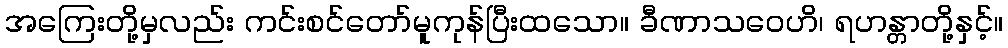
အကြေးတို့မှလည်း ကင်းစင်တော်မူကုန်ပြီးထသော။ ခီဏာသဝေဟိ၊ ရဟန္တာတို့နှင့်။